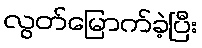
လွတ်မြောက်ခဲ့ပြီး